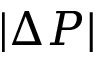
| \Delta P |